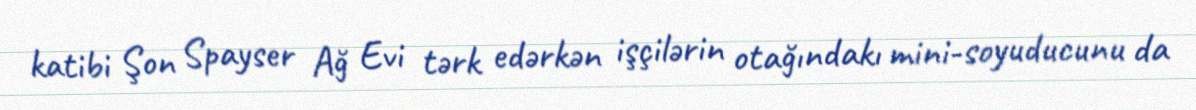
katibi Şon Spayser Ağ Evi tərk edərkən işçilərin otağındakı mini-soyuducunu da